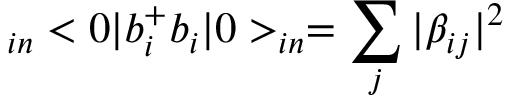
_ { i n } < 0 | b _ { i } ^ { + } b _ { i } | 0 > _ { i n } = \sum _ { j } | \beta _ { i j } | ^ { 2 }